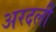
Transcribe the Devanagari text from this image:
अरदली